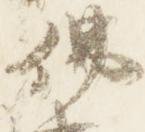
仏